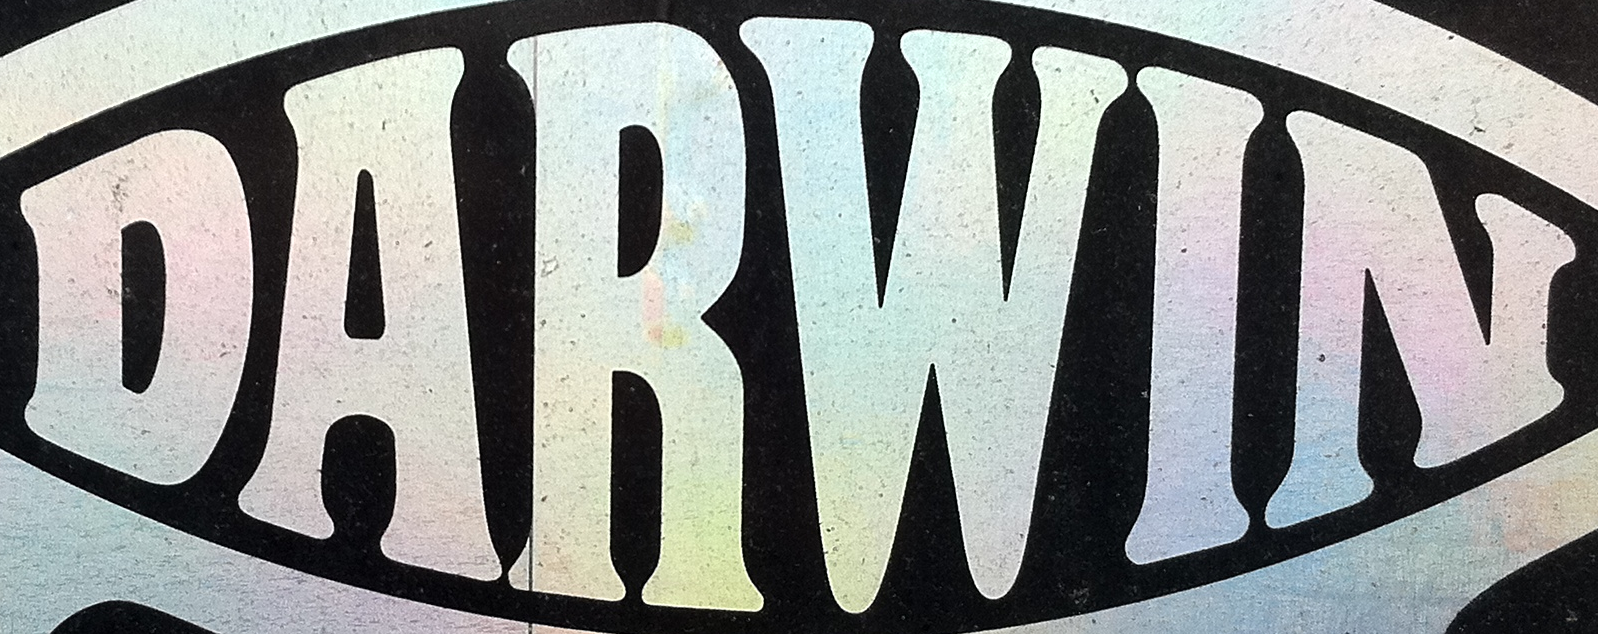
DARWIN